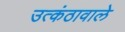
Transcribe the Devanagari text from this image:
उत्कंठावाले